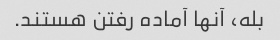
بله، آنها آماده رفتن هستند.